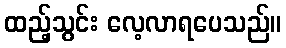
ထည့်သွင်း လေ့လာရပေသည်။